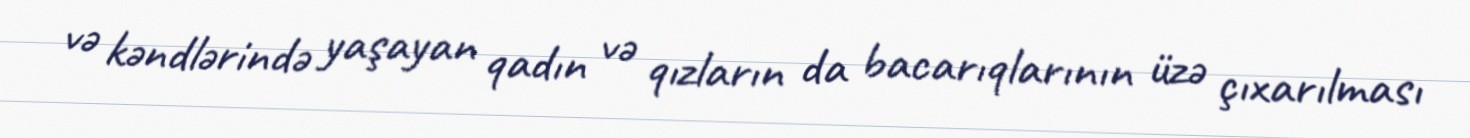
və kəndlərində yaşayan qadın və qızların da bacarıqlarının üzə çıxarılması